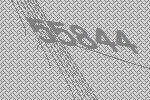
55844